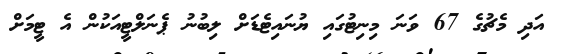
އަދި މެޗުގެ 67 ވަނަ މިނިޓުގައި ޔުނައިޓެޑަށް ލިބުނު ޕެނަލްޓީއަކުން އެ ޓީމަށް